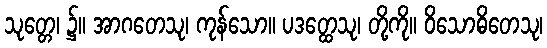
သုတ္တေ၊ ၌။ အာဂတေသု၊ ကုန်သော။ ပဒတ္ထေသု၊ တို့ကို။ ဝိသောဓိတေသု၊